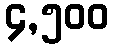
၄,၅၀၀